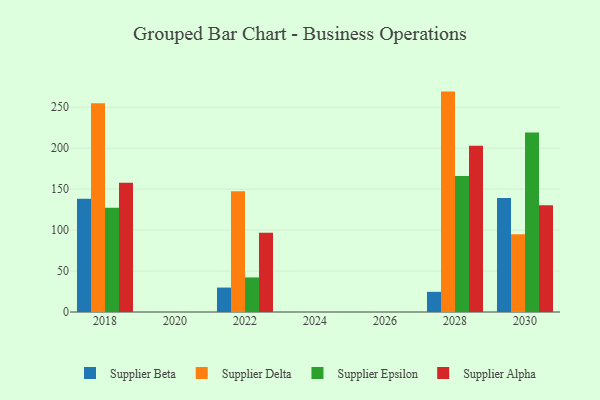
{"axis": {"x": "Year", "y": "Churn Rate (%)"}, "legend": ["Supplier Alpha", "Supplier Beta", "Supplier Delta", "Supplier Epsilon"], "data": [{"x": "2022", "y": 29.8, "type": "Supplier Beta"}, {"x": "2022", "y": 147.5, "type": "Supplier Delta"}, {"x": "2022", "y": 42.2, "type": "Supplier Epsilon"}, {"x": "2022", "y": 96.6, "type": "Supplier Alpha"}, {"x": "2028", "y": 24.6, "type": "Supplier Beta"}, {"x": "2028", "y": 269.0, "type": "Supplier Delta"}, {"x": "2028", "y": 165.9, "type": "Supplier Epsilon"}, {"x": "2028", "y": 203.0, "type": "Supplier Alpha"}, {"x": "2030", "y": 139.1, "type": "Supplier Beta"}, {"x": "2030", "y": 94.8, "type": "Supplier Delta"}, {"x": "2030", "y": 219.2, "type": "Supplier Epsilon"}, {"x": "2030", "y": 130.2, "type": "Supplier Alpha"}, {"x": "2018", "y": 138.2, "type": "Supplier Beta"}, {"x": "2018", "y": 254.9, "type": "Supplier Delta"}, {"x": "2018", "y": 127.3, "type": "Supplier Epsilon"}, {"x": "2018", "y": 157.8, "type": "Supplier Alpha"}]}